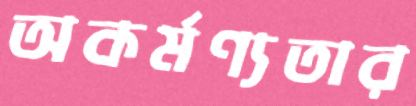
অকর্মণ্যতার